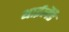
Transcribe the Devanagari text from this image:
थाईलैँड